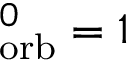
_ \mathrm { o r b } ^ { 0 } = 1